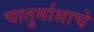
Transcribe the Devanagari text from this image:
चातुर्मासाचे